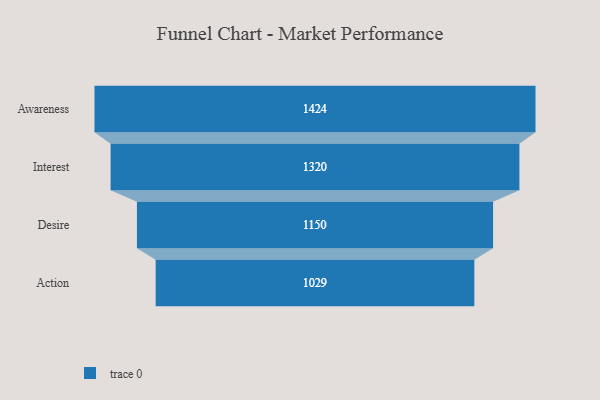
{"axis": {"x": "Stage", "y": "Value"}, "legend": [""], "data": [{"x": "Awareness", "y": 1424.0, "type": ""}, {"x": "Interest", "y": 1320.0, "type": ""}, {"x": "Desire", "y": 1150.0, "type": ""}, {"x": "Action", "y": 1029.0, "type": ""}]}